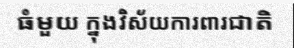
ធំមួយ ក្នុងវិស័យការពារជាតិ